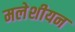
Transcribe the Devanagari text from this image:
मलेशीयन